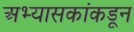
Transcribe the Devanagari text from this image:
अभ्यासकांकडून